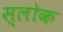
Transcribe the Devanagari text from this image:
स्लोक